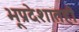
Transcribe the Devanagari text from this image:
भूप्रदेशातही